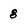
Character: 8